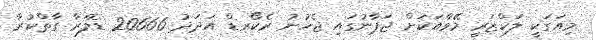
މިއަގަކީ ލަކްޒަރީ މޭވާއަކަށް ޖަޕާނުގައި ޖެހުނު ރެކޯރޑް އަދަދު 20666 ޑޮލަރާ ގާތްކުރާ